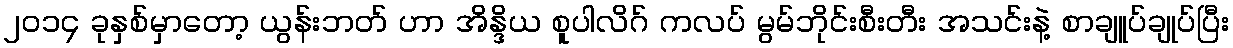
၂၀၁၄ ခုနှစ်မှာတော့ ယွန်းဘတ် ဟာ အိန္ဒိယ စူပါလိဂ် ကလပ် မွမ်ဘိုင်းစီးတီး အသင်းနဲ့ စာချူပ်ချုပ်ပြီး